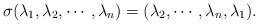
\begin{align*}\sigma(\lambda_1, \lambda_2, \cdots, \lambda_n)=(\lambda_2, \cdots, \lambda_n, \lambda_1). \end{align*}